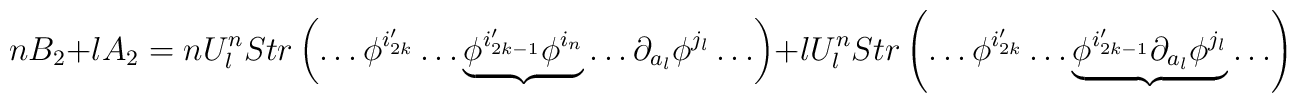
nB_2+lA_2= n U^n_l Str\left(\ldots \phi^{i_{2k}'}\ldots \underbrace{\phi^{i_{2k-1}'}\phi^{i_n}}\ldots \partial_{a_l}\phi^{j_l}\ldots \right) +l U^n_l Str\left(\ldots \phi^{i_{2k}'}\ldots \underbrace{\phi^{i_{2k-1}'}\partial_{a_l}\phi^{j_l}}\ldots \right)